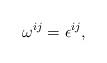
LaTeX: \begin{align*}\omega^{ij} = \epsilon^{ij}, \end{align*}